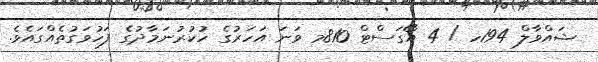
ޝައްވާލް 194ހ / 4 އޯގަސްޓް 810މ ވަނަ އަހަރުގެ ހުކުރުނަމާދުގެ ފަހުވަގުތެއްގައެވެ.